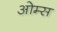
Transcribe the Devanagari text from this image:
ओम्स